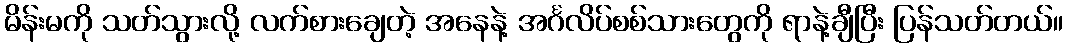
မိန်းမကို သတ်သွားလို့ လက်စားချေတဲ့ အနေနဲ့ အင်္ဂလိပ်စစ်သားတွေကို ရာနဲ့ချီပြီး ပြန်သတ်တယ်။